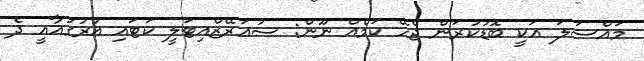
މައްސަލަ އަކީ ބޮޑުކުރަން ޖެހޭ ކަމެއް ނޫން: ސުއަރޭޒްއިޓަލީ ކަޓައި އުރުގުއާއީ ދެ